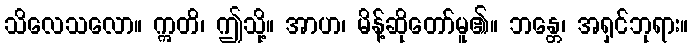
သိလေသလော။ ဣတိ၊ ဤသို့။ အာဟ၊ မိန့်ဆိုတော်မူ၏။ ဘန္တေ၊ အရှင်ဘုရား။